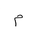
Letter: _mim